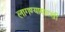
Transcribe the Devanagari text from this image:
लागण्यासारखी